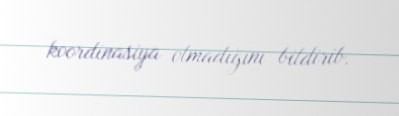
koordinasiya olmadığını bildirib.